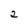
Character: 2